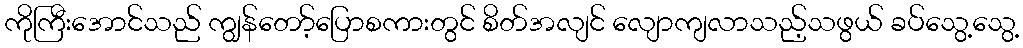
ကိုကြီးအောင်သည် ကျွန်တော့်ပြောစကားတွင် စိတ်အလျင် လျောကျလာသည့်သဖွယ် ခပ်သွေ့သွေ့